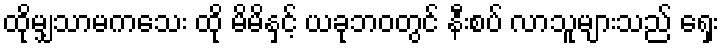
ထိုမျှသာမကသေး ထို မိမိနှင့် ယခုဘဝတွင် နီးစပ် လာသူများသည် ရှေး